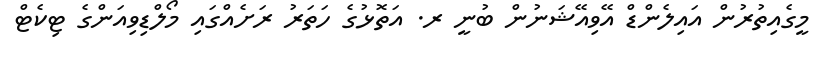
މީގެއިތުރުން އައިލެންޑް އޭވިއޭޝަނުން ބުނީ ރ. އަތޮޅުގެ ހަތަރު ރަށެއްގައި މޯލްޑިވިއަންގެ ޓިކެޓް